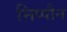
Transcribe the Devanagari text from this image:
निप्पौन